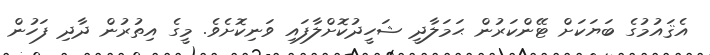
އެޤައުމުގެ ބަޔަކަށް ޓޭންކަރުން ޙަމަލާދީ ޝަހީދުކޮށްލާފައި ވަނިކޮށެވެ. މީގެ އިތުރުން ދާދި ފަހުން